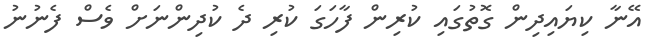
އޭނާ ކިޔައިދިން ގޮތުގައި ކުރިން ފާހަގަ ކުރި ދެ ކުދިންނަށް ވެސް ފެނުނު